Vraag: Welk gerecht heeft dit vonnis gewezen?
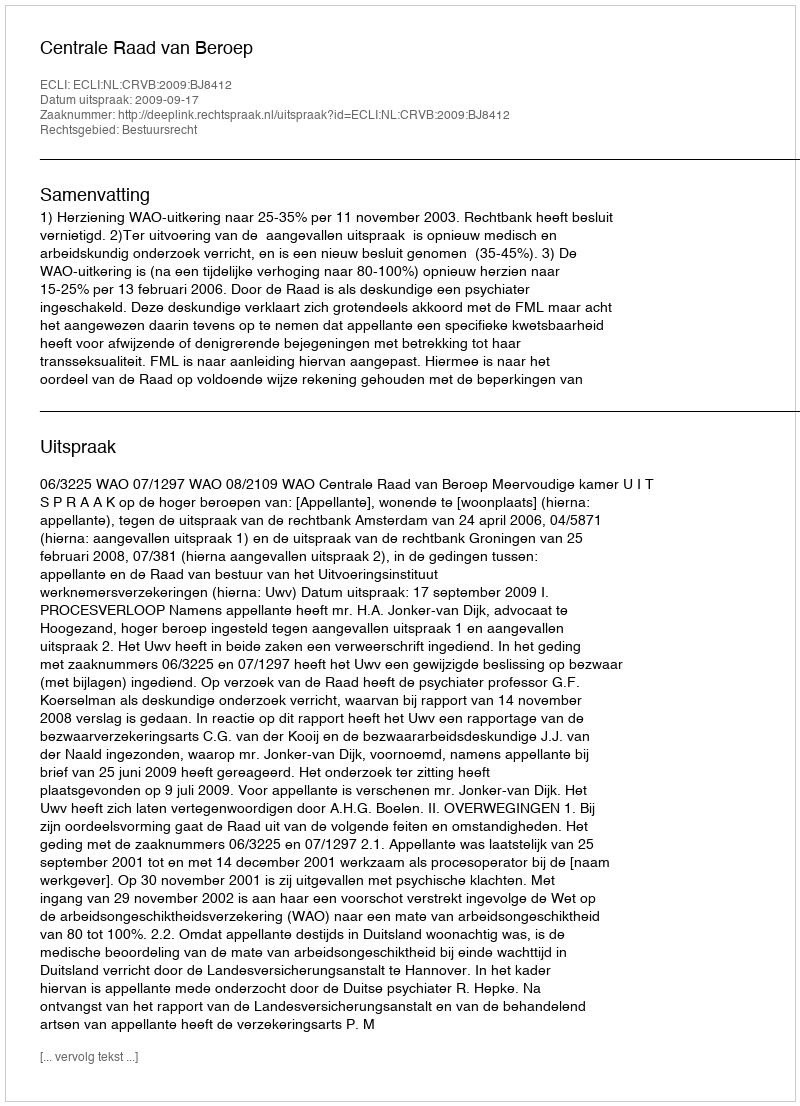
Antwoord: Centrale Raad van Beroep